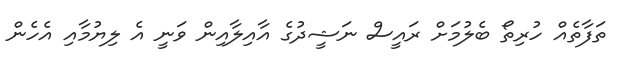
ތަފާތެއް ހުރިތޯ ބެލުމަށް ރައީސް ނަޝީދުގެ އާއިލާއިން ވަނީ އެ ލިޔުމާއި އެހެން